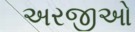
અરજીઓ